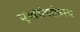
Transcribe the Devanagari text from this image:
सुधारांबरोबरच